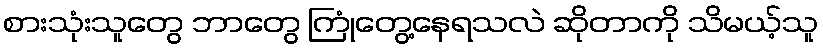
စားသုံးသူတွေ ဘာတွေ ကြုံတွေ့နေရသလဲ ဆိုတာကို သိမယ့်သူ